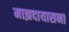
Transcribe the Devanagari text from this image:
माझदायासना